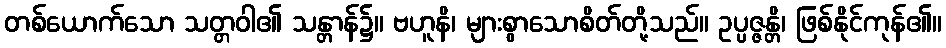
တစ်ယောက်သော သတ္တဝါ၏ သန္တာန်၌။ ဗဟူနိ၊ များစွာသောစိတ်တို့သည်။ ဥပ္ပဇ္ဇန္တိ၊ ဖြစ်နိုင်ကုန်၏။